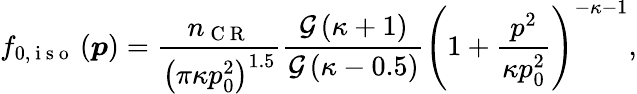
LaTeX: f_{0,\mathrm{~i~s~o~}}\left(\boldsymbol{p}\right)=\frac{n_{\mathrm{~C~R~}}}{\left(\pi\kappa p_{0}^{2}\right)^{1.5}}\frac{\mathcal{G}\left(\kappa+1\right)}{\mathcal{G}\left(\kappa-0.5\right)}\left(1+\frac{p^{2}}{\kappa p_{0}^{2}}\right)^{-\kappa-1},